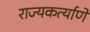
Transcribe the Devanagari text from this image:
राज्यकर्त्याणे